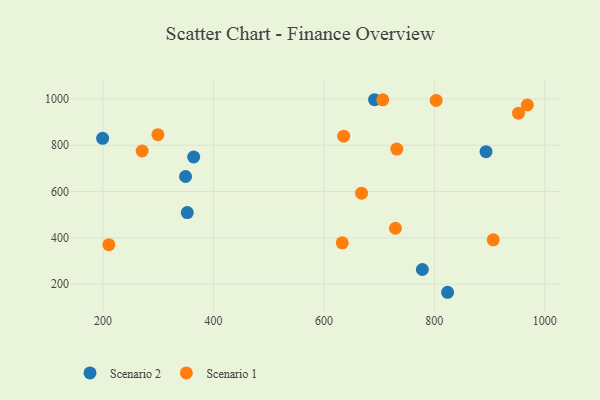
{"axis": {"x": "Investment", "y": "Rating"}, "legend": ["Scenario 1", "Scenario 2"], "data": [{"x": "349.4", "y": 665.0, "type": "Scenario 2"}, {"x": "824.0", "y": 165.1, "type": "Scenario 2"}, {"x": "691.7", "y": 996.5, "type": "Scenario 2"}, {"x": "199.2", "y": 829.9, "type": "Scenario 2"}, {"x": "352.5", "y": 509.2, "type": "Scenario 2"}, {"x": "364.1", "y": 749.1, "type": "Scenario 2"}, {"x": "893.6", "y": 772.3, "type": "Scenario 2"}, {"x": "778.3", "y": 263.5, "type": "Scenario 2"}, {"x": "803.3", "y": 993.3, "type": "Scenario 1"}, {"x": "906.6", "y": 391.4, "type": "Scenario 1"}, {"x": "732.0", "y": 783.3, "type": "Scenario 1"}, {"x": "706.6", "y": 996.1, "type": "Scenario 1"}, {"x": "633.2", "y": 378.5, "type": "Scenario 1"}, {"x": "729.5", "y": 441.5, "type": "Scenario 1"}, {"x": "968.5", "y": 973.7, "type": "Scenario 1"}, {"x": "668.1", "y": 593.0, "type": "Scenario 1"}, {"x": "635.8", "y": 839.0, "type": "Scenario 1"}, {"x": "270.8", "y": 775.0, "type": "Scenario 1"}, {"x": "210.5", "y": 370.5, "type": "Scenario 1"}, {"x": "952.5", "y": 938.5, "type": "Scenario 1"}, {"x": "299.3", "y": 845.8, "type": "Scenario 1"}]}